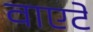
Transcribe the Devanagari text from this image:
वाएटे